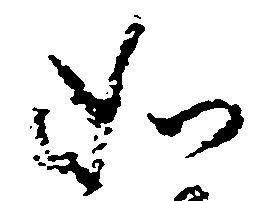
如